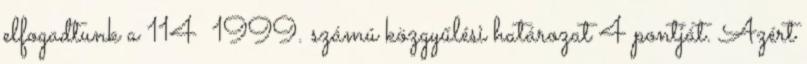
elfogadtunk a 114 1999. számú közgyűlési határozat 4 pontját. Azért